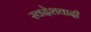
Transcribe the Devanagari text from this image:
स्वदेशवादी